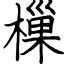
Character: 樔